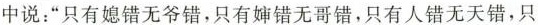
中说：“只有媳错无爷错，只有婶错无哥错，只有人错无天错，只